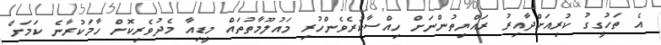
އެ ތަހުގީގު ކުރިއަށްދާއިރު ރައްޔިތުންނަށް ހިއްސާކުރެވެންހުރި މައުލޫމާތުތައް މީޑިއާ މެދުވެރިކޮށް ހާމަކުރާނެ ކަމަށް